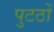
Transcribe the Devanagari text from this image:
पुटठों